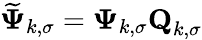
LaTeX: \boldsymbol{\widetilde{\Psi}}_{k,\sigma}=\boldsymbol{\Psi}_{k,\sigma}\textbf{Q}_{k,\sigma}